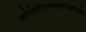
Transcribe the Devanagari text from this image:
मालिनीविजयोत्तरतंत्राधारित